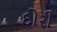
દોરી